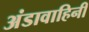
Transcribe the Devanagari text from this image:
अंडावाहिनी